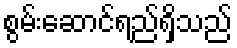
စွမ်းဆောင်ရည်ရှိသည်